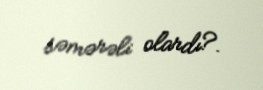
səmərəli olardı?.